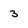
Character: 3